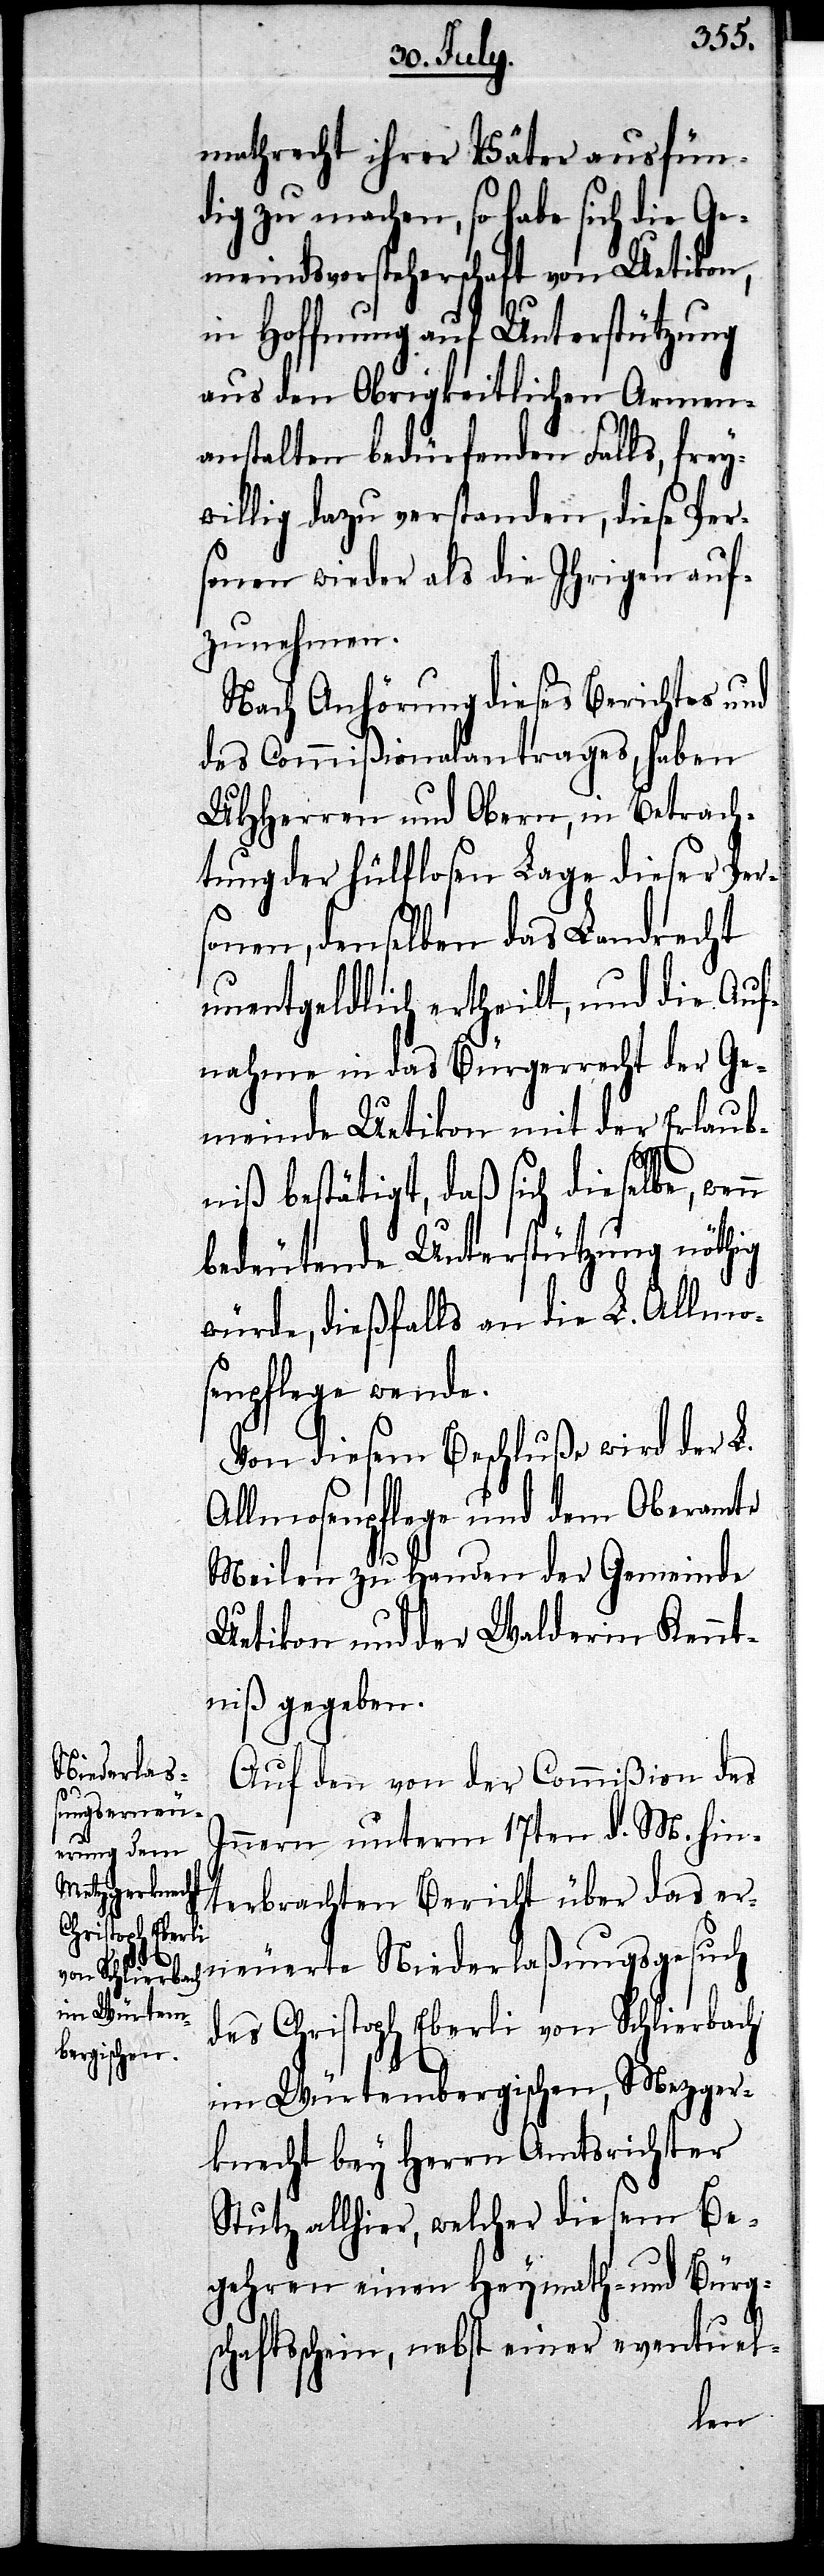
mathrecht ihrer Väter ausfün¬
dig zu machen, so habe sich die Ge¬
meindsvorsteherschaft von Uetikon,
in Hoffnung auf Unterstützung
aus den Obrigkeitlichen Armen¬
anstalten bedürfenden Falls, frey¬
willig dazu verstanden, diese Per¬
sonen wieder als die Ihrigen auf¬
zunehmen.
Nach Anhörung dieses Berichtes und
des Commißionalantrages, haben
UHHerren und Obern, in Betrach¬
tung der hülflosen Lage dieser Per¬
sonen, denselben das Landrecht
unentgeldlich ertheilt, und die Auf¬
nahme in das Bürgerrecht der Ge¬
meinde Uetikon mit der Erlaub¬
niß bestätigt, daß sich dieselbe, wen¬
bedeutende Unterstützung nöthig
würde, dießfalls an die L. Allmo¬
senpflege wende.
Von diesem Beschluße wird der L.
Allmosenpflege und dem Oberamte
Meilen zu Handen der Gemeinde
Uetikon und der Walderin Kennt¬
niß gegeben.
Auf den von der Commißion des
n
Innern unterm 17ten d. M. hin¬
terbrachten Bericht über das er¬
neuerte Niederlaßungsgesuch
des Christoph Eberli von Schlierbach
im Würtembergischen, Mezger¬
knecht bey Herrn Amtsrichter
Stutz allhier, welcher diesem Be¬
gehren einen Heymat- und Bürgs¬
chaftsschein, nebst einer eventuel-